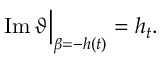
\operatorname { I m } \vartheta \Big | _ { \beta = - h ( t ) } = h _ { t } .